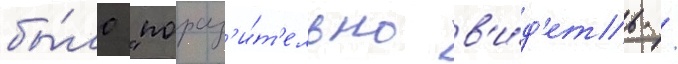
бы́ло "пораз'и́т'ельно в'и́д'еть /